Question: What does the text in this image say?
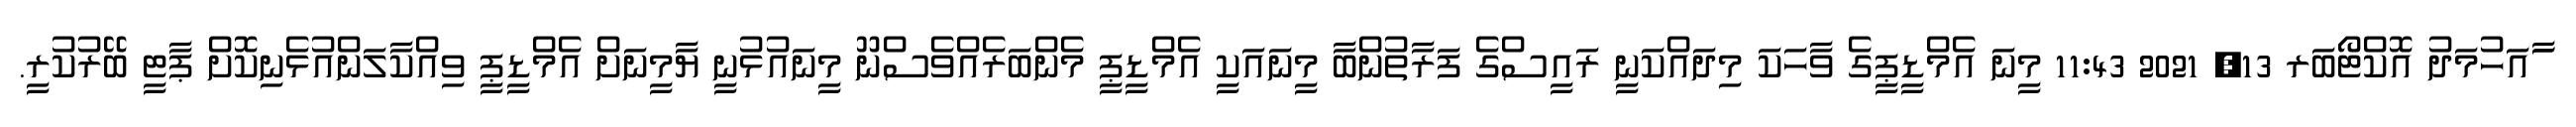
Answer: ާައަހުމަދު އޮކްޓޯބަރ 13, 2021 11:43 މީނަ އެމްޑީޕީގެ ވާހަކަ މިދައްކަނީ ރައީސްގެ ފަރާތުންބާ މީނައަކީ އެމްޑީޕީ މެންބަރެއްވެސްނޫ މީނައުޅުނީ ޔާމީނަށް އެމްޑީޕީ ވިއްކާލަންއުޅެނިކޮށް ޕާޓީ ބޭރުކުރީ.